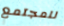
للمجتمع